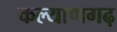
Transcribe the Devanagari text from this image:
कल्याणगढ़